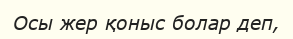
Осы жер қоныс болар деп,